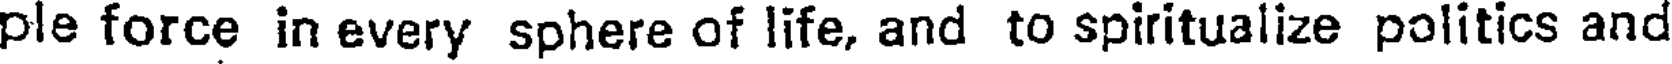
ple force in every sphere of life, and to spiritualize politics and